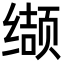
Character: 缬